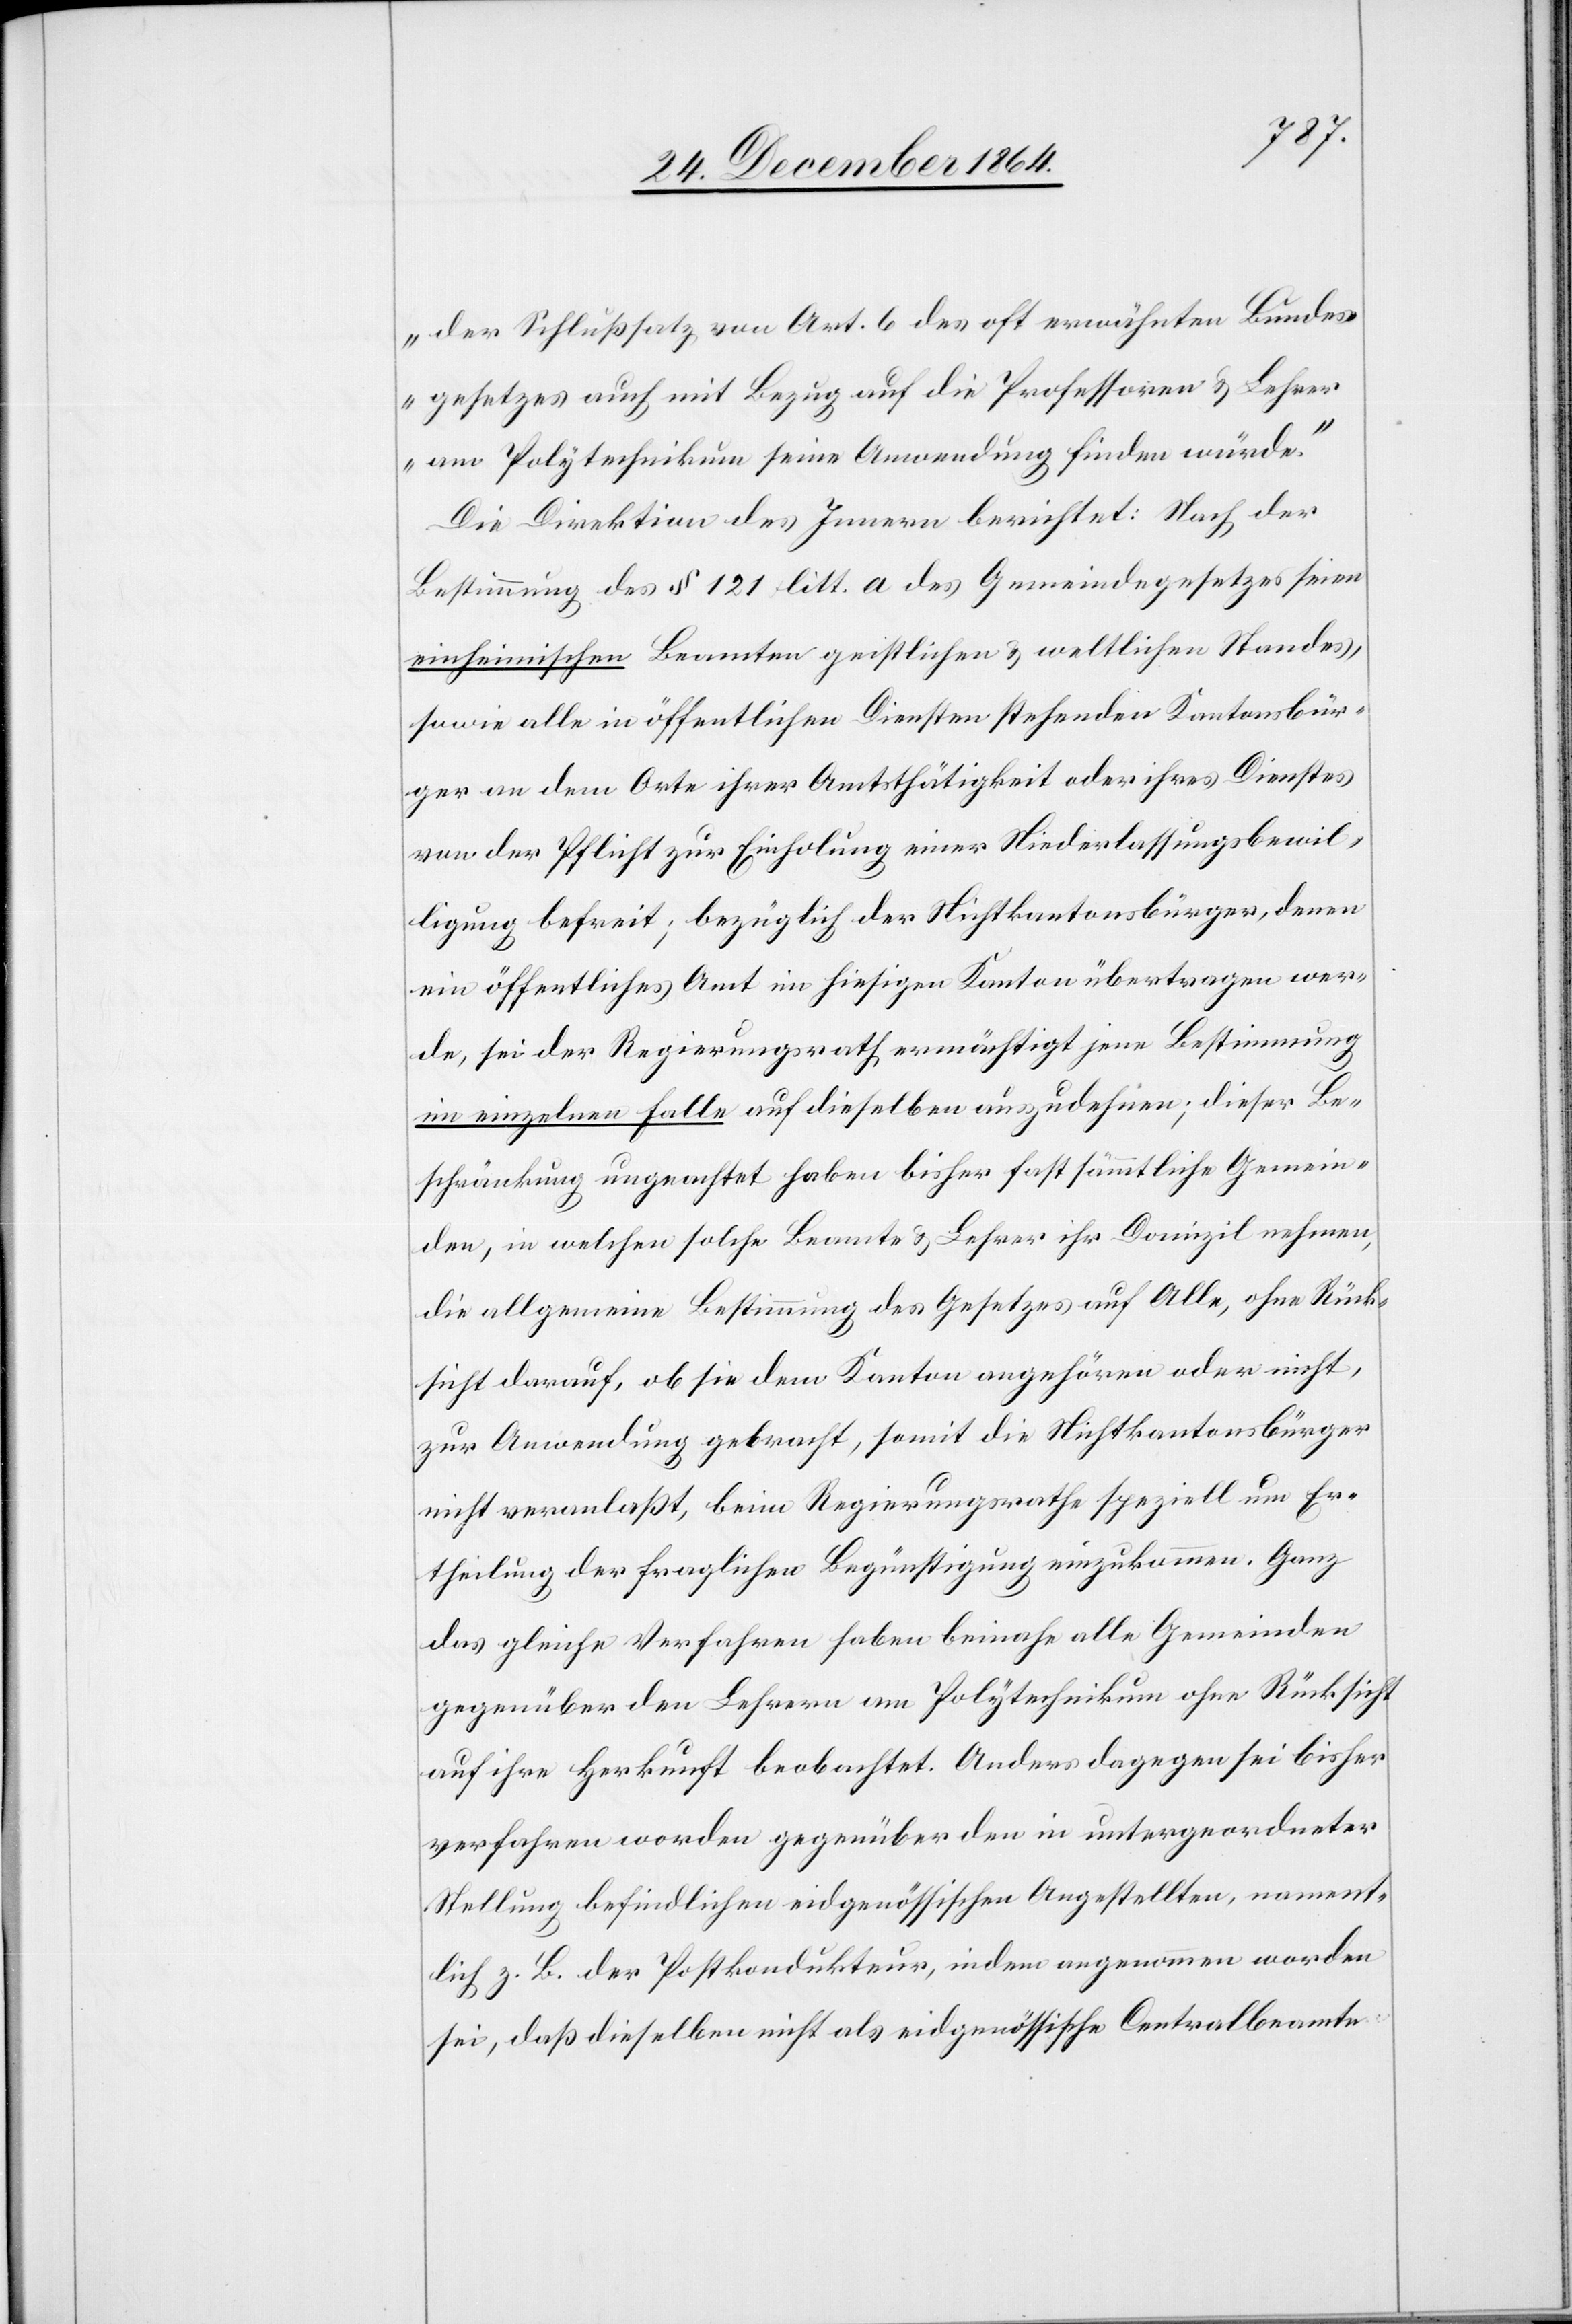
der Schlußsatz von Art. 6 des oft erwähnten Bundes¬
gesetzes auch mit Bezug auf die Professoren & Lehrer
am Polytechnikum seine Anwendung finden würde.“
Die Direktion des Innern berichtet: Nach der
Bestimmung des § 121 litt. a des Gemeindegesetzes seien
einheimischen Beamten geistlichen & weltlichen Standes,
sowie in öffentlichen Diensten stehenden Kantonsbür¬
ger an dem Orte ihrer Amtsthätigkeit oder ihres Dienstes
von der Pflicht zur Einholung einer Niederlassungsbewil¬
ligung befreit; bezüglich der Nichtkantonsbürger, denen
ein öffentliches Amt im hiesigen Kanton übertragen wer¬
de, sei der Regierungsrath ermächtigt[,] jene Bestimmung
im einzelnen Falle auf dieselben auszudehnen; dieser Be¬
schränkung ungeachtet haben bisher fast sämmtliche Gemein¬
den, in welchen solche Beamte & Lehrer ihr Domizil nehmen,
die allgemeine Bestimmung des Gesetzes auf Alle, ohne Rück¬
sicht darauf, ob sie dem Kanton angehören oder nicht,
zur Anwendung gebracht, somit die Nichtkantonsbürger
nicht veranlaßt, beim Regierungsrathe speziell um Er¬
theilung der fraglichen Begünstigung einzukommen. Ganz
das gleiche Verfahren haben beinahe alle Gemeinden
gegenüber den Lehrern am Polytechnikum ohne Rücksicht
auf ihre Herkunft beobachtet. Anders dagegen sei bisher
verfahren worden gegenüber den in untergeordneter
Stellung befindlichen eidgenössischen Angestellten, nament¬
lich z. B. der Postkondukteur, indem angenommen worden
sei, daß dieselben nicht als eidgenössische Centralbeamte